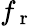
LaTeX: f_{\mathrm{~r~}}